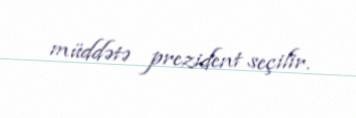
müddətə prezident seçilir.